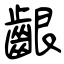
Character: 齦